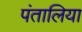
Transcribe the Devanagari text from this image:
पंतालिया